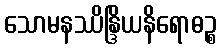
သောမနဿိန္ဒြိယနိရောဓဉ္စ